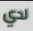
لدي